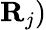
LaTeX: {\mathbf{R}}_{j})